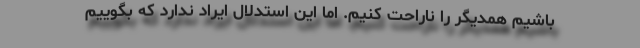
باشیم همدیگر را ناراحت کنیم. اما این استدلال ایراد ندارد که بگوییم